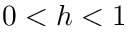
0 < h < 1